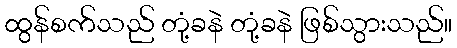
ထွန်စက်သည် တုံ့ခနဲ တုံ့ခနဲ ဖြစ်သွားသည်။